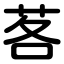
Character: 茖